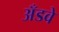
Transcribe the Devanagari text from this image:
अँडवे